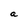
Character: a